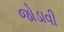
જોડાવી